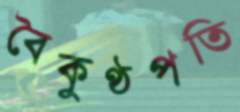
বৈকুণ্ঠপতি